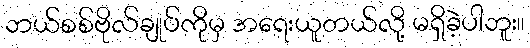
ဘယ်စစ်ဗိုလ်ချုပ်ကိုမှ အရေးယူတယ်လို့ မရှိခဲ့ပါဘူး။